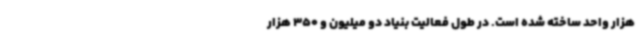
هزار واحد ساخته شده است. در طول فعالیت بنیاد دو میلیون و 350 هزار